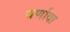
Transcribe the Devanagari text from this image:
वर्णावा